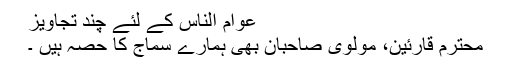
عوام الناس کے لئے چند تجاویز
محترم قارئین، مولوی صاحبان بھی ہمارے سماج کا حصہ ہیں ۔